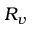
R _ { v }